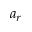
a _ { r }